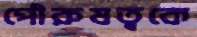
পৌরুষত্বকে